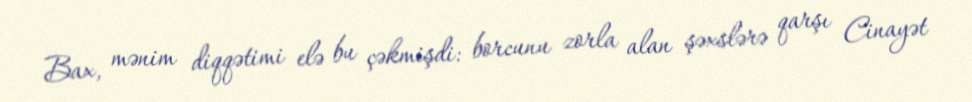
Bax, mənim diqqətimi elə bu çəkmişdi: borcunu zorla alan şəxslərə qarşı Cinayət